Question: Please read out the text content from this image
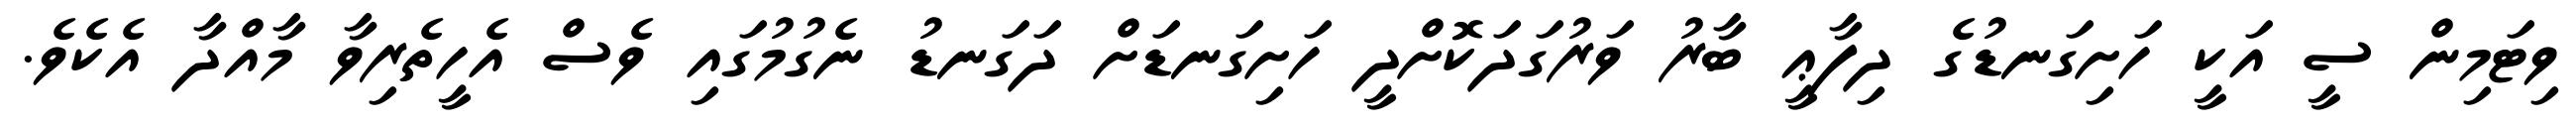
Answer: ވިޓަމިން ސީ އަކީ ހަށިގަނޑުގެ ދިފާޢީ ބާރު ވަރުގަދަކޮށްދީ ހަށިގަނޑަށް ދަގަނޑު ނެގުމުގައި ވެސް އެހީތެރިވާ މާއްދާ އެކެވެ.